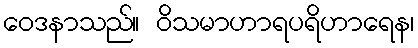
ဝေဒနာသည်။ ဝိသမာဟာရပရိဟာရေန၊